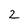
Character: 2